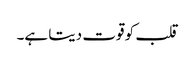
قلب کو قوت دیتا ہے۔